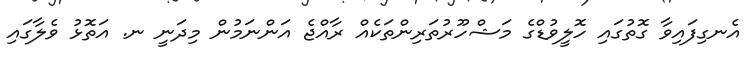
އެނގިފައިވާ ގޮތުގައި ހޮޮލީވުޑްގެ މަޝްހޫރުތަރިންތަކެއް ރާއްޖެ އަންނަމުން މިދަނީ ނ. އަތޮޅު ވެލާގައި